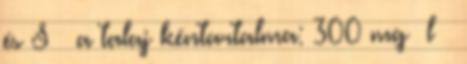
és S  a talaj kéntartalma: 300 mg l 